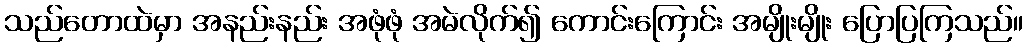
သည်တောထဲမှာ အနည်းနည်း အဖုံဖုံ အမဲလိုက်၍ ကောင်းကြောင်း အမျိုးမျိုး ပြောပြကြသည်။